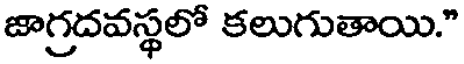
జాగ్రదవస్థలో కలుగుతాయి."